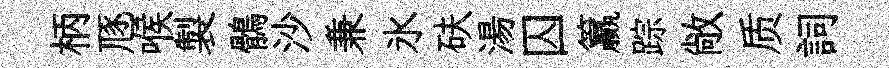
柄豗喉製鶻沙兼氷砆湯囚籯踪敞质詞